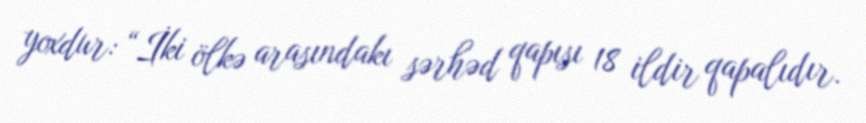
yoxdur: “İki ölkə arasındakı sərhəd qapısı 18 ildir qapalıdır.